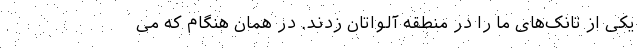
یکی از تانک‌های ما را در منطقه آلواتان زدند. در همان هنگام که می‌